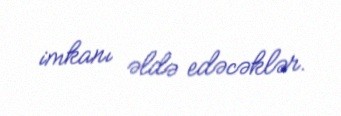
imkanı əldə edəcəklər.